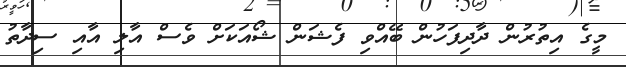
މީގެ އިތުރުން ދާދިފަހުން ބޭއްވި ފެޝަން ޝޯއަކަށް ވެސް އާލި އާއި ސިދާތު